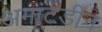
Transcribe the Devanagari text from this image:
अमांटडीन